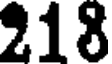
218